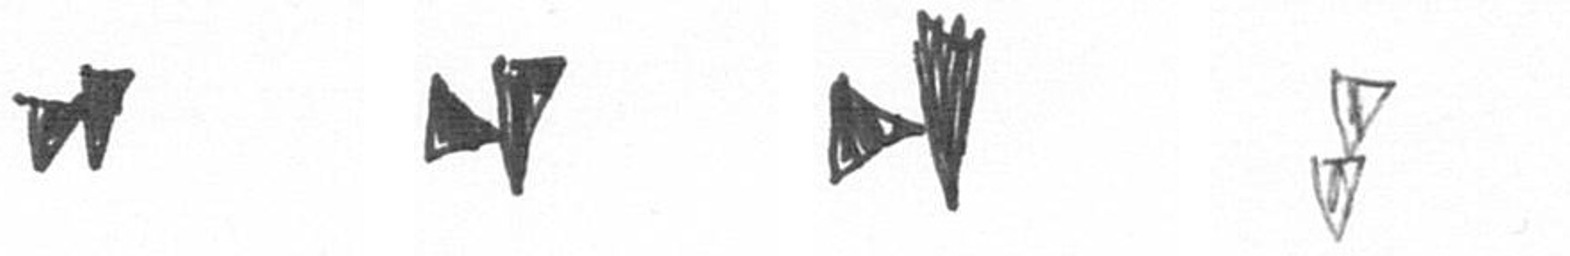
M M M Z